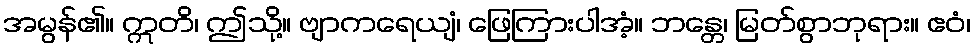
အမွန်၏။ ဣတိ၊ ဤသို့။ ဗျာကရေယျံ၊ ဖြေကြားပါအံ့။ ဘန္တေ၊ မြတ်စွာဘုရား။ ဧဝံ၊